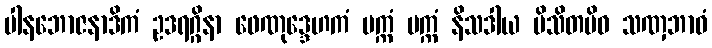
ပါနဘောဇနာဒိကံ ဥဒရဂ္ဂိနာ ဖေဏုဒ္ဒေဟကံ ပက္ကံ ပက္ကံ နိသဒါယ ပိသိတမိဝ သဏှဘာဝံ